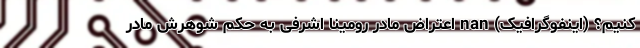
کنیم؟ (اینفوگرافیک) nan اعتراض مادر رومینا اشرفی به حکم شوهرش مادر